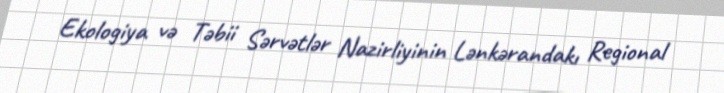
Ekologiya və Təbii Sərvətlər Nazirliyinin Lənkərandakı Regional